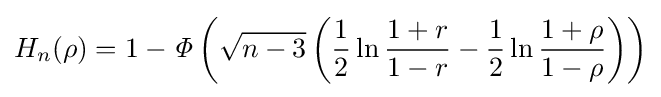
H_{n}(\rho )=1-{\mathit {\Phi }}\left({\sqrt {n-3}}\left({1 \over 2}\ln {1+r \over 1-r}-{1 \over 2}\ln {{1+\rho } \over {1-\rho }}\right)\right)